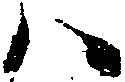
ハ